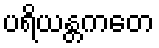
ပရိယန္တကတေ